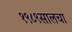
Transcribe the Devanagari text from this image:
१९८९सालचा